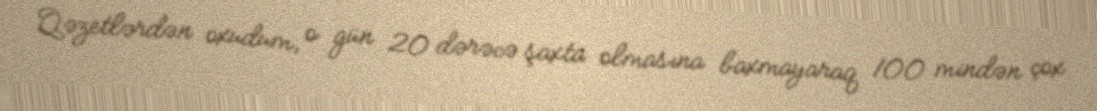
Qəzetlərdən oxudum, o gün 20 dərəcə şaxta olmasına baxmayaraq 100 mindən çox